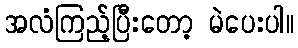
အလံကြည့်ပြီးတော့ မဲပေးပါ။